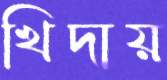
খিদায়